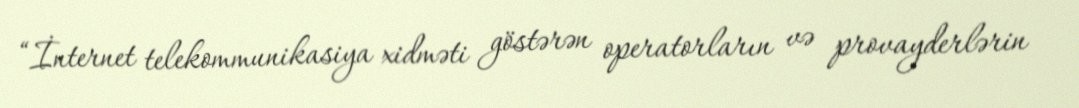
“İnternet telekommunikasiya xidməti göstərən operatorların və provayderlərin